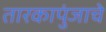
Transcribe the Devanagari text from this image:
तारकापुंजाचे